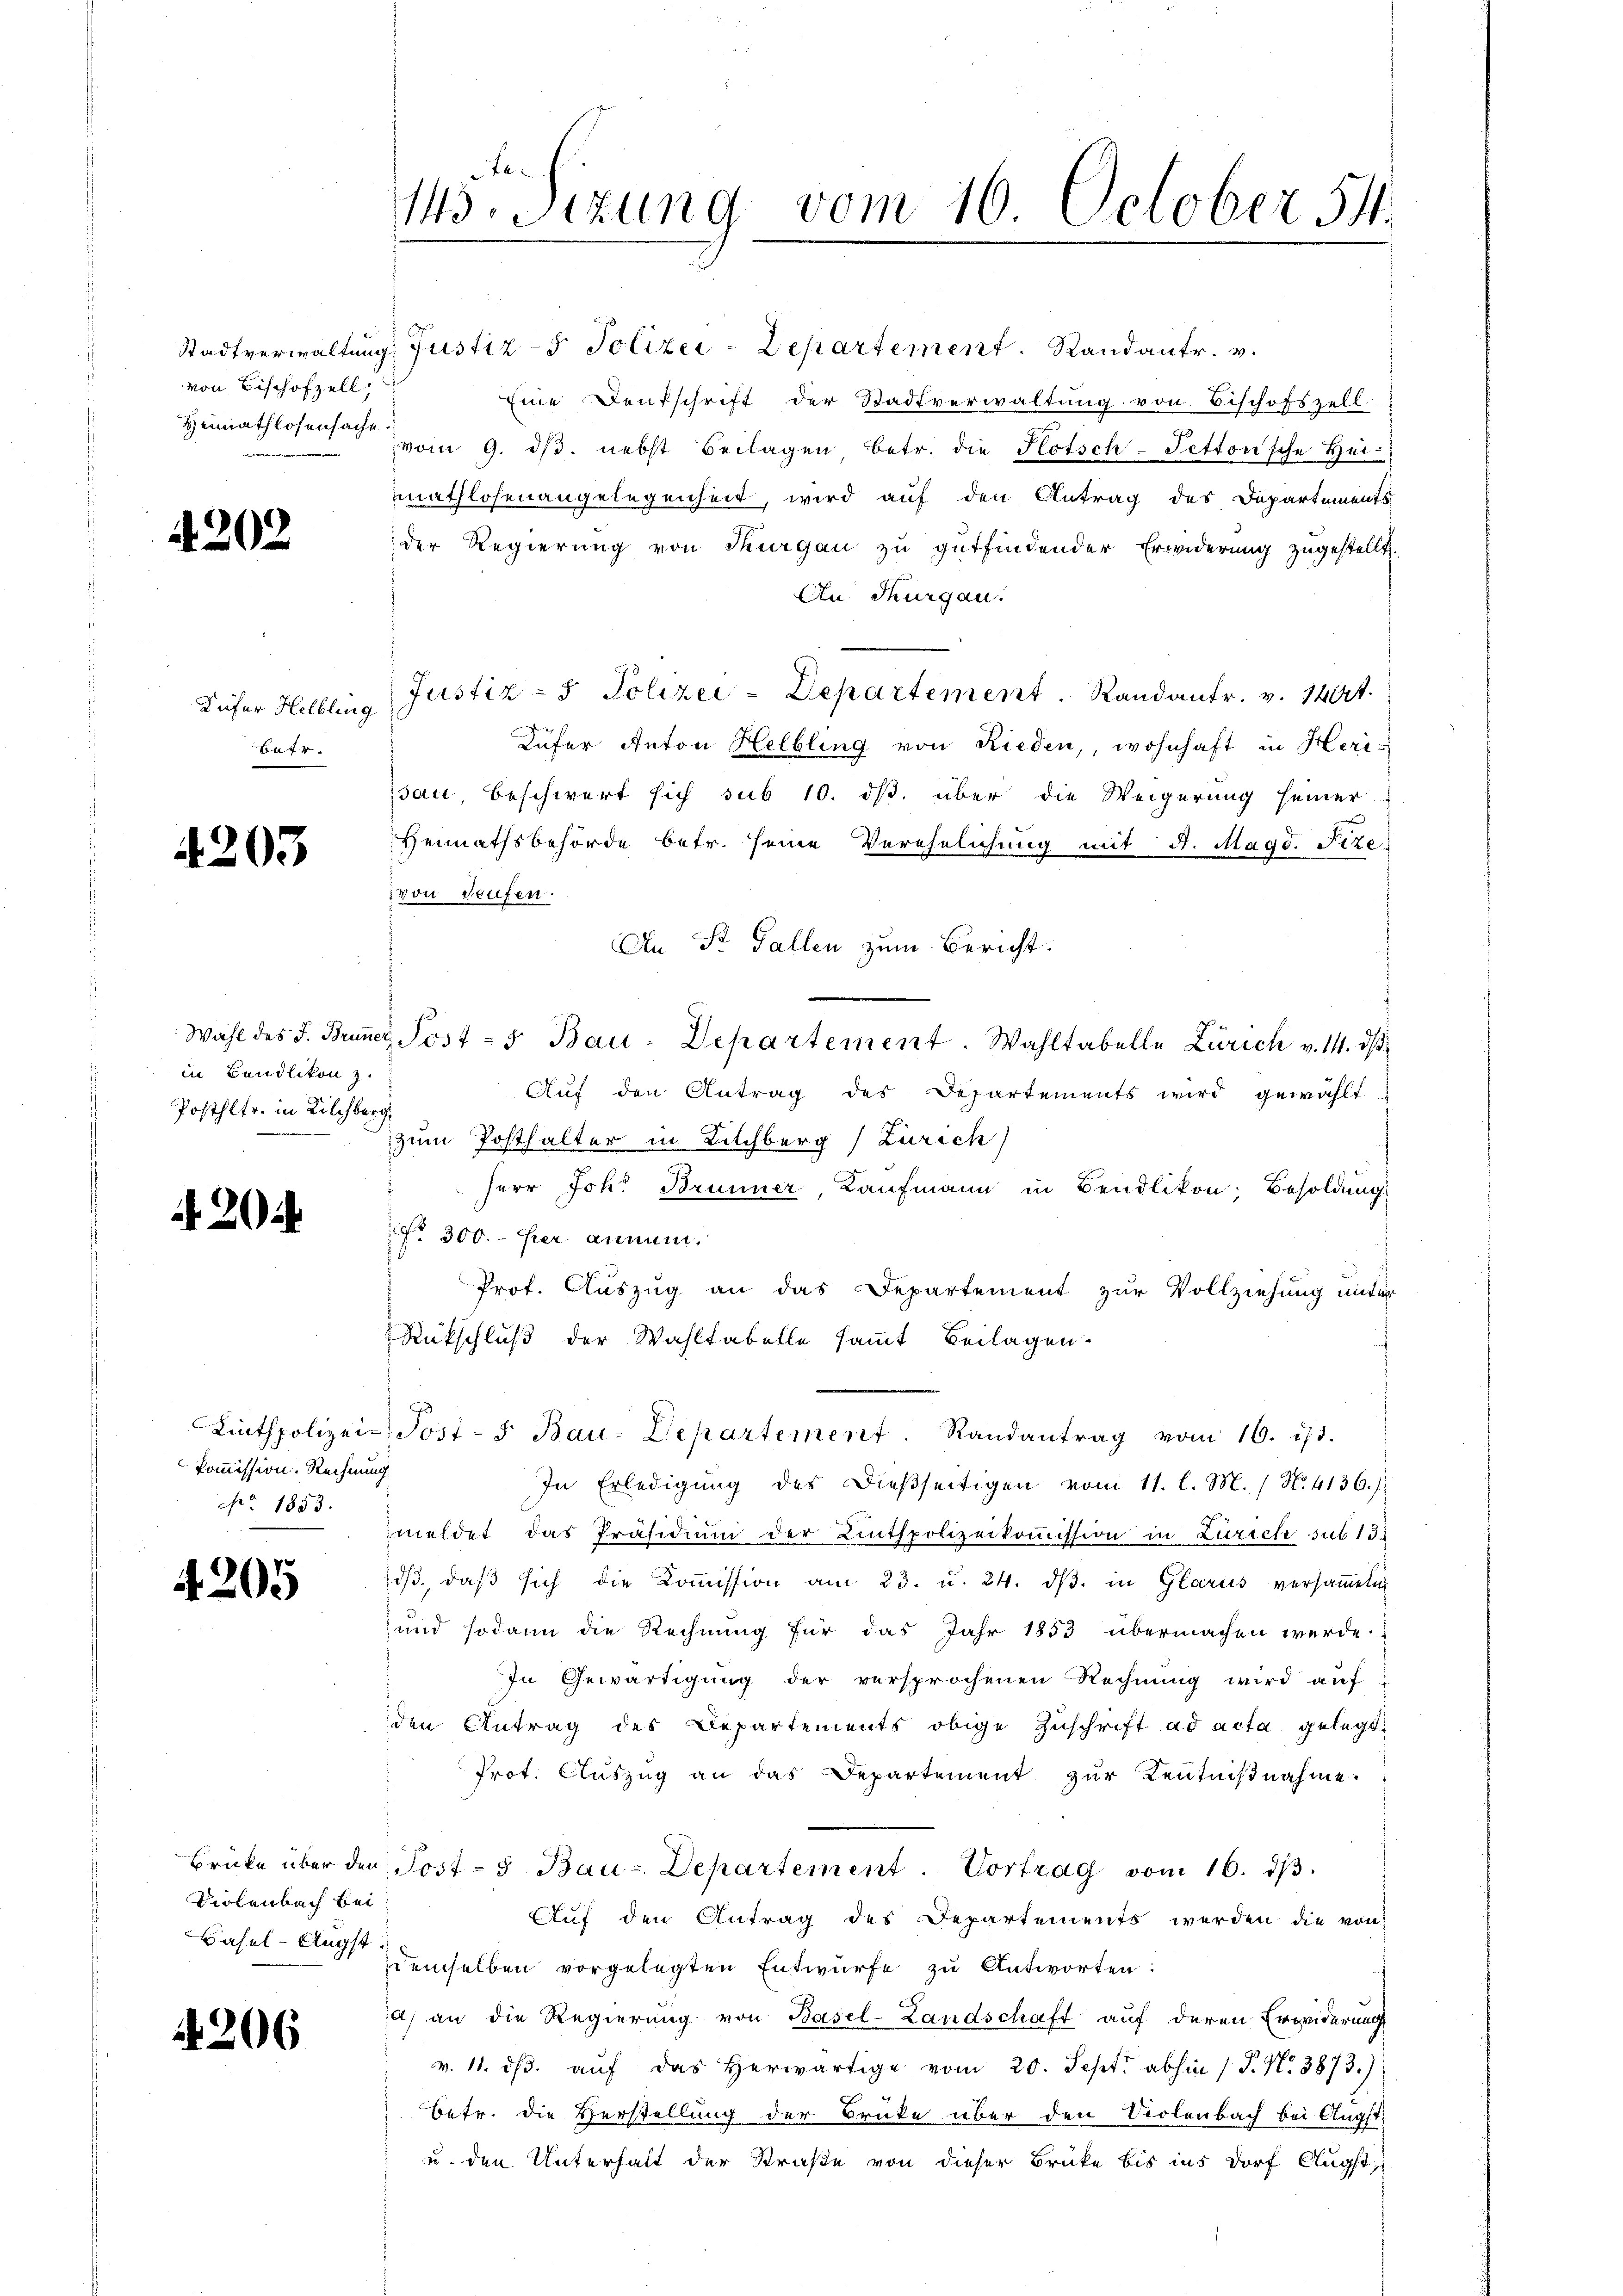
von Bischofzell,
Heimathlosensache.

202

Küfer Helbling
Batr.

4203

in Bändlikon z.
Posthltr. in Kilchberg,

20

kommission. Rechnung
Ao 1853.

4205

Violenbach bei
Basel-Augst¬

206

145. Sizung vom 16. October 511.

Stadtverwaltung Justiz- & Polizei-Departement. Randantr. v.
Eine Deutschrift der Stadtverwaltung von Bischofszell
vom 9. dβ. nebst Beilagen betr. die Plotsch-Tetton'sche Hei
mathlosenangelegenheit, wird auf den Antrag des Departements
der Regierung von Thurgau zu gutfindender Erwiderung zugestellt.
An Thurgau.
Justiz- & Polizei-Departement. Randantr. v. 1404.
Küfer Anton Helbling von Rieden,, wohnhaft in Herisau beschwert sich sub 10. ds. über die Weigerung seiner
Heimathsbehörde betr. seine Verehelichung mit 4. Magd. Fizevon Saufen.
An St. Gallen zum Bericht.
Wahl des J. Bruner Post - 5. Bau-Departement. Wahltabelle Zürich v. 14. dβ
Auf den Antrag des Departements wird gewählt
zum Posthalter in Bilchberg (Zürich)
Herr Joh. Brunner, Kaufmann in Bendlikon, Besoldung
o 300. - Hier annum.
Prof. Auszug an das Departement zur Vollziehung unter
Rückschluß der Wahltabelle sammt Beilagen.
Linthpolizei-, Post-s Bau-Departement. Randantrag vom 16. ist.
In Erledigŭng des dießseitigen vom 11. l. M. / No. 4136.)
meldet das Präsidium der Linthpolizeikommission in Zürich sub 15.
dβ daβ sich die Koṁission am 23. u. 24. dβ in Glarus versaṁeln
und sodann die Rechnung für das Jahr 1853 übermachen werde.
In Gewärtigung der versprochenen Rechnung wird auf
den Antrag des Departements obige Zuschrift ad acta gelegt.
Prot. Auszug an das Departement zur Kenntnißnahme.
Brücke über den Post- & Bau-Departement. Vortrag vom 16. dβ.
Aŭf den Antrag des Departements werden die von
demselben vorgelegten Entwurfe zu Antworten:
a) an die Regierung von Basel-Landschaft auf deren Erwiderung
v. 11. dβ aŭf das herwärtige vom 20. Sept. abhin / P. Nr. 3873.)
Betr. die Verstellung der Brüke über den Violenbach bei Augst
u. den Unterhalt der Straße von dieser Brücke bis ins Dorf Clugst,